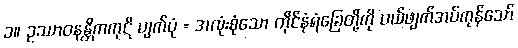
၁။ ဥဿာဝနန္တိကကုဋိ ပျက်ပုံ = အလုံးစုံသော တိုင်နံရံခြေတို့ကို ပယ်ဖျက်အပ်ကုန်သော်